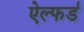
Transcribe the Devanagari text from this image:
ऐल्फर्ड